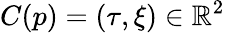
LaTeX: C(p)=(\tau,\xi)\in\mathbb{R}^{2}